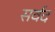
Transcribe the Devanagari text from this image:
सर्वद